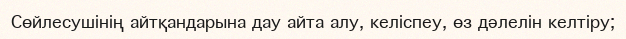
Сөйлесушінің айтқандарына дау айта алу, келіспеу, өз дәлелін келтіру;